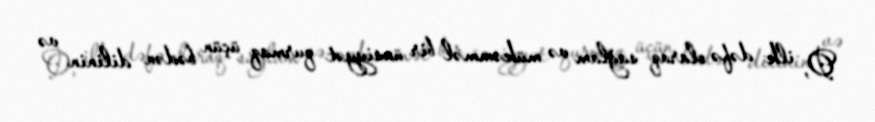
O, ilk dəfə olaraq sağlam və mükəmməl bir ünsiyyət qurmaq üçün bədən dilinin və